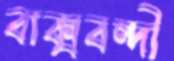
বাক্‌সবন্দী